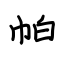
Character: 帕